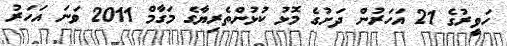
ހަވީރުގެ 21 އަހަރުން ދަށުގެ މޮޅު ކުޅުންތެރިޔާގެ މަގާމް 2011 ވަނަ އަހަރު